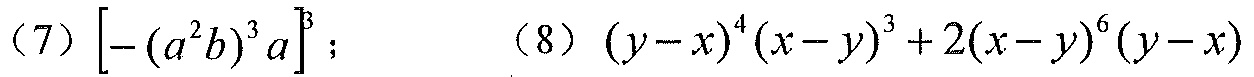
(7) $\left[-(a^{2}b)^{3}a\right]^{3}$；  (8) $(y - x)^{4}(x - y)^{3}+2(x - y)^{6}(y - x)$